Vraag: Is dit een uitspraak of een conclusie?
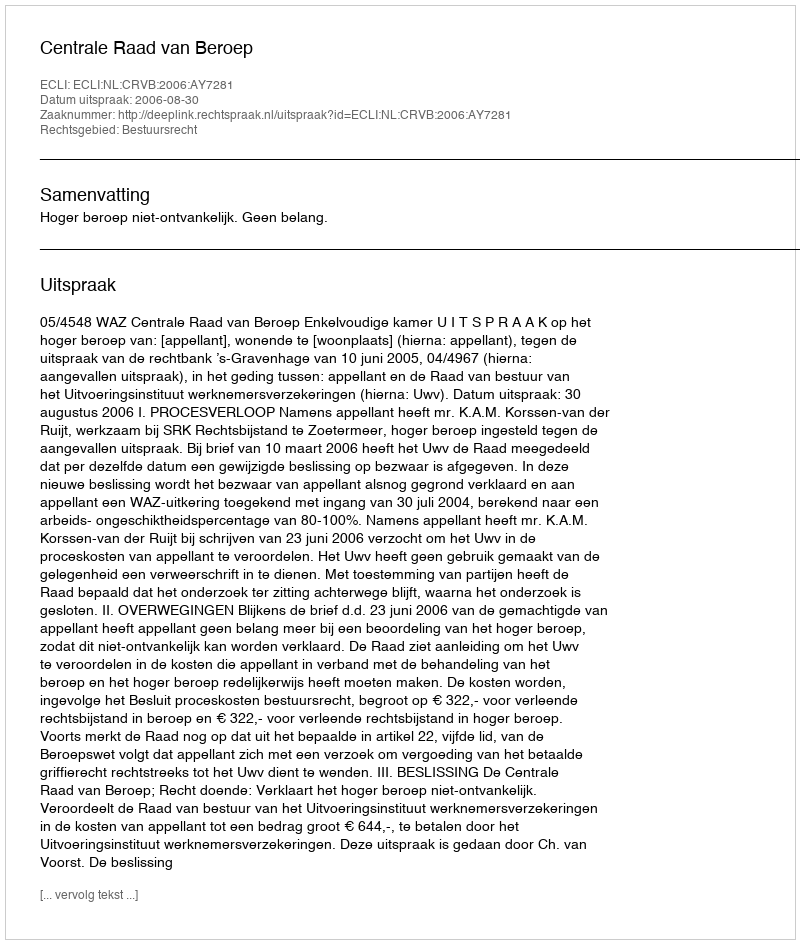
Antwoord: Uitspraak